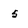
Character: 5